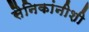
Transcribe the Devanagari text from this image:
सैनिकांनीशी